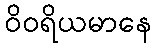
ဝိဝရိယမာနေ